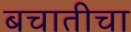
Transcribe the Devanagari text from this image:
बचातीचा